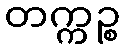
တက္ကဉ္စ